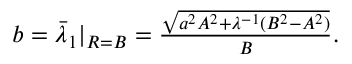
\begin{array} { r } { { b } = \bar { \lambda } _ { 1 } | _ { R = B } = \frac { { \sqrt { { a } ^ { 2 } A ^ { 2 } + \lambda ^ { - 1 } ( B ^ { 2 } - A ^ { 2 } ) } } } { B } . } \end{array}